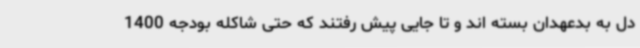
دل به بدعهدان بسته اند و تا جایی پیش رفتند که حتی شاکله بودجه 1400